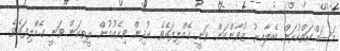
މަސައްކަތްކުރަން ބެލާއިރު ޒުވާންކަން ވަނީ ގެއްލިފައެވެ. ކުދިން ވިހެއުމުން ރީތިކަން ވަނީ ގެއްލިފައެވެ.